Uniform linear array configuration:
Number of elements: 12
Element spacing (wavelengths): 0.75
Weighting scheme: cosine
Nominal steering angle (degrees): -45
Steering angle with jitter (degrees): -44.911
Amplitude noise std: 0.05
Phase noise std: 0.05

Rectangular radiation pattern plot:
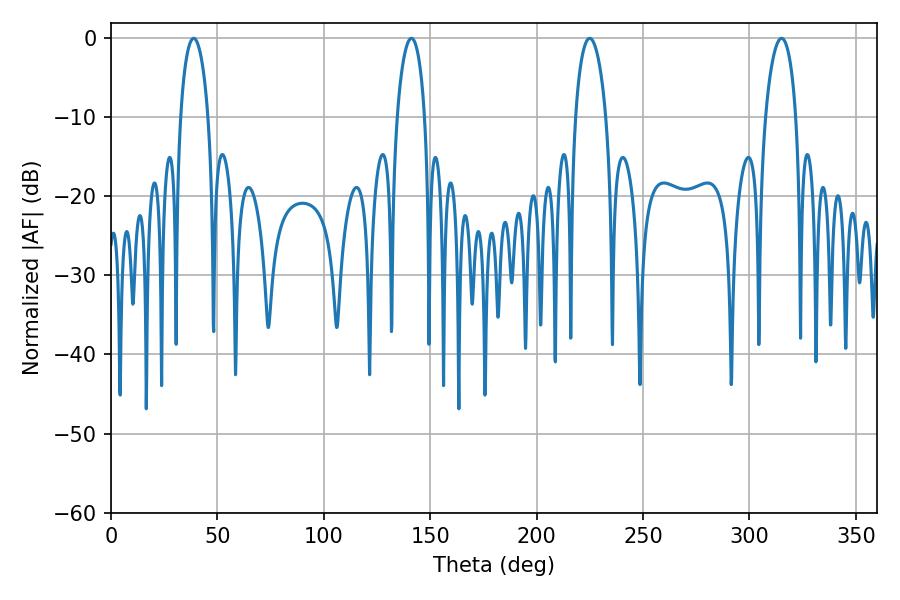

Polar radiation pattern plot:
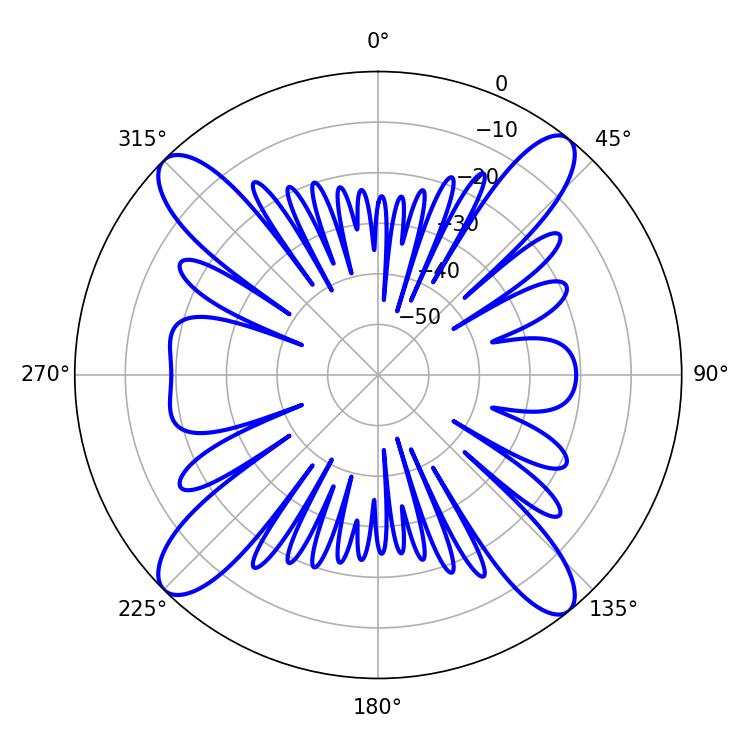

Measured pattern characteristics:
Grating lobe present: TRUE
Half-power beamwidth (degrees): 7.38
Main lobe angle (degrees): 38.88